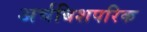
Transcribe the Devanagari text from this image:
अर्चबिशपरिक